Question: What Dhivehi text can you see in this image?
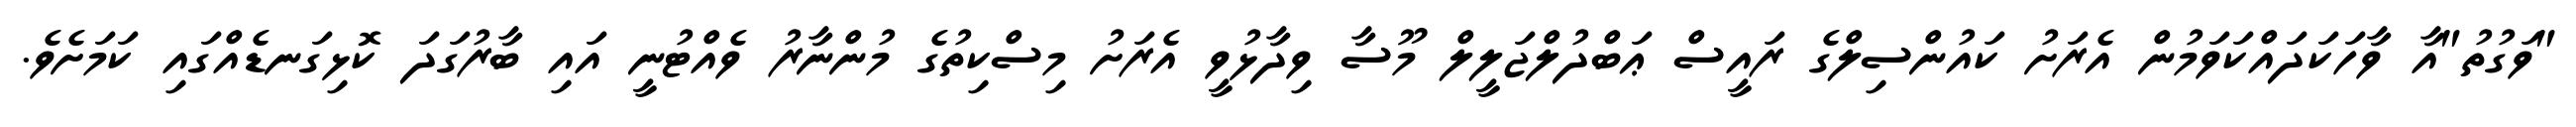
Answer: "ވަގުތު"އާ ވާހަކަދައްކަވަމުން އެރަށު ކައުންސިލްގެ ރައީސް ޢަބްދުލްޖަލީލް މޫސާ ވިދާޅުވީ އެރަށު މިސްކިތުގެ މުންނާރު ވެއްޓުނީ އައި ބާރުގަދަ ކޮޅިގަނޑެއްގައި ކަމަށެވެ.